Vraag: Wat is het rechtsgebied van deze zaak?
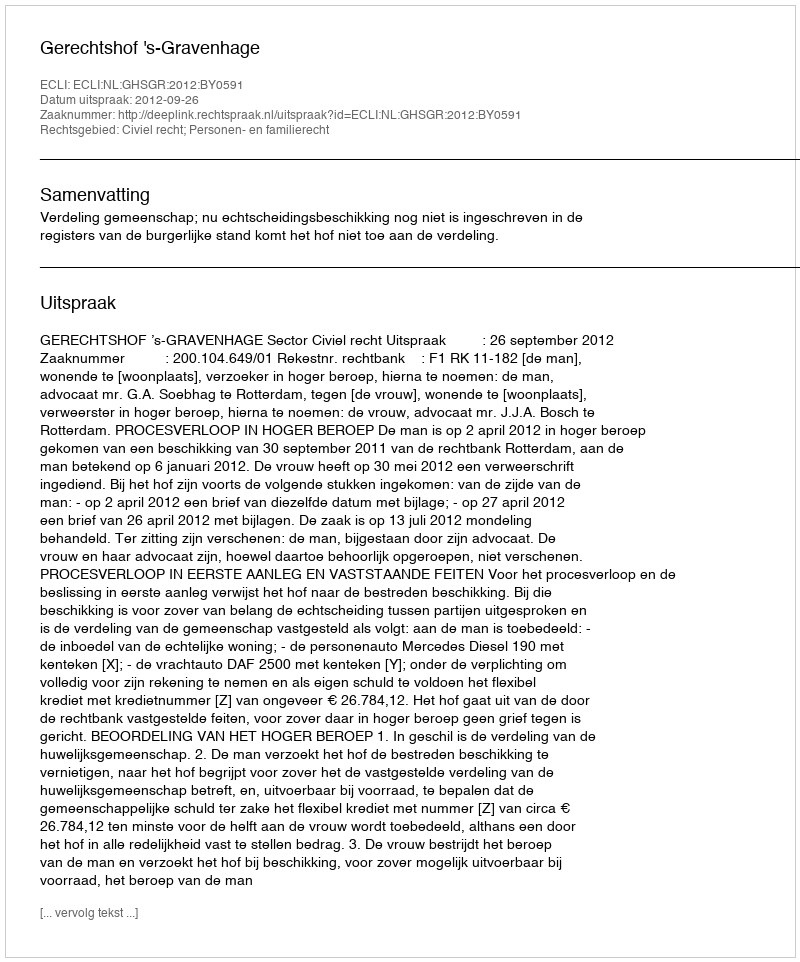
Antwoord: Civiel recht; Personen- en familierecht